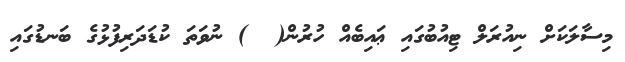
މިސާލަކަށް ނިއުރަލް ޓިއުބުގައި ޢައިބެއް ހުރުން(  ) ނުވަތަ ކުޑަދަރިފުޅުގެ ބަނޑުގައި